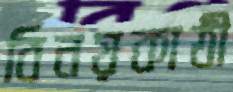
বিনয়কাঠী